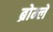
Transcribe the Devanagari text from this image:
ब्रोम्ले